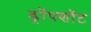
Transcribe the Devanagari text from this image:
ड्रॉपशॉट